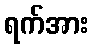
ရက်အား